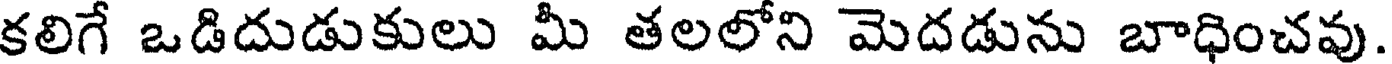
కలిగే ఒడిదుడుకులు మీ తలలోని మెదడును బాధించవు.